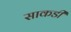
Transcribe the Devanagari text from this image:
साकडी